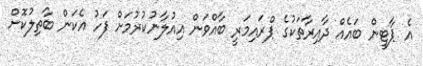
އެ ޕާޓީން ބައެއް ދާއިރާތަކުގެ ޕްރައިމަރީ ބާއްވަން އިއުލާނުކުރުމަށް ފަހު އެކަން ބާތިލުކޮށް